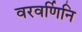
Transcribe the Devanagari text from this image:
वरवर्णिनि